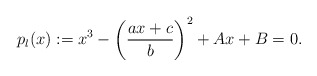
\begin{align*}p_l(x) := x^3 - \left(\frac{ax + c}{b}\right)^2 + Ax + B = 0.\end{align*}